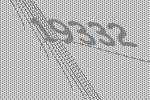
19332